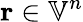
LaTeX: \mathbf{r}\in{\mathbb{V}}^{n}